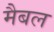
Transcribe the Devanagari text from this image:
मैबल